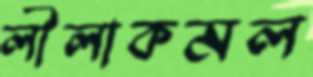
লীলাকমল